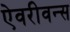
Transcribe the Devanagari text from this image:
ऐवरीवन्स